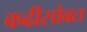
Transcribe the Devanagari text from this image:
कढीसोबत